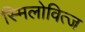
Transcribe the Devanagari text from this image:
स्मिलोवित्ज